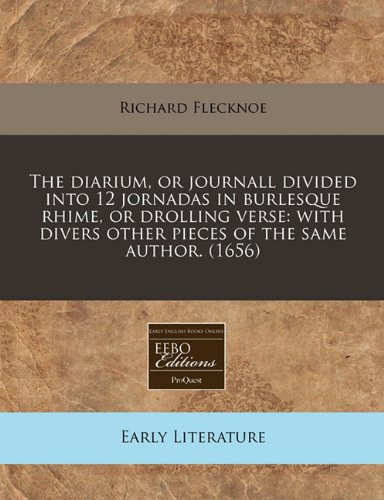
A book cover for The diarium, or journall divided into 12 jornadas in burlesque rhime, or drolling verse: with divers other pieces of the same author. (1656); Richard Flecknoe; Literature & Fiction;